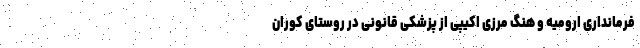
فرمانداری ارومیه و هنگ مرزی اکیپی از پزشکی قانونی در روستای کوران